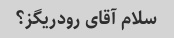
سلام آقای رودریگز؟